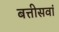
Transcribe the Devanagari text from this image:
बत्तीसवां